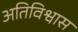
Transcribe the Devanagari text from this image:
अतिविश्वास